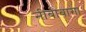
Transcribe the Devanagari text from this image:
नीबीबागा